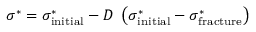
\sigma ^ { * } = \sigma _ { \mathrm { { i n i t i a l } } } ^ { * } - D ~ \left( \sigma _ { \mathrm { { i n i t i a l } } } ^ { * } - \sigma _ { \mathrm { { f r a c t u r e } } } ^ { * } \right)